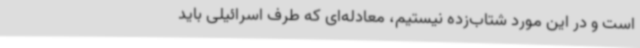
است و در این مورد شتاب‌زده نیستیم، معادله‌ای که طرف اسرائیلی باید